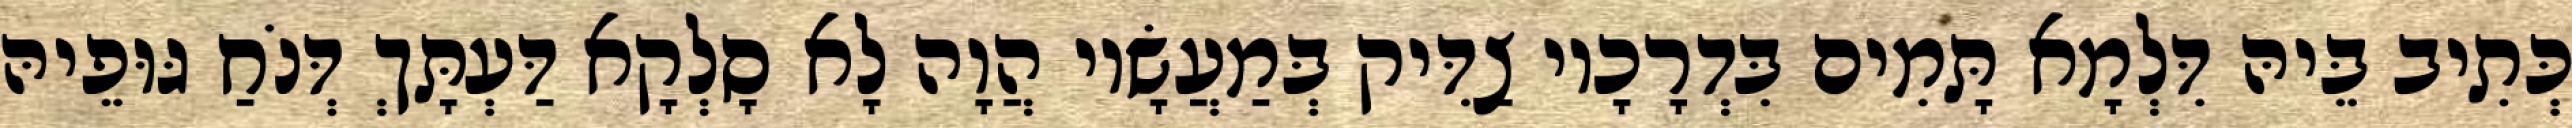
כְּתִיב בֵּיהּ דִּלְמָא תָּמִים בִּדְרָכָיו צַדִּיק בְּמַעֲשָׂיו הֲוָה לָא סָלְקָא דַּעְתָּךְ דְּנֹחַ גּוּפֵיהּ